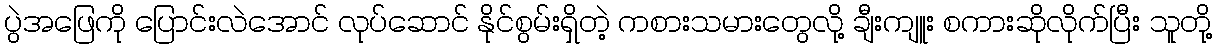
ပွဲအဖြေကို ပြောင်းလဲအောင် လုပ်ဆောင် နိုင်စွမ်းရှိတဲ့ ကစားသမားတွေလို့ ချီးကျူး စကားဆိုလိုက်ပြီး သူတို့